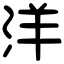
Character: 洋